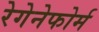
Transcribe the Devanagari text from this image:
रेगेनेफोर्म